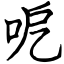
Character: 呝